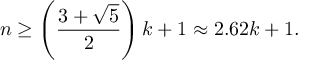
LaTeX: n \geq \left( { \frac { 3 + { \sqrt { 5 } } } { 2 } } \right) k + 1 \approx 2 . 6 2 k + 1 .